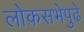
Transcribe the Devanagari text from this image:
लोकसभेपुढे